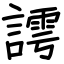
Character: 謣